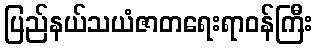
ပြည်နယ်သယံဇာတရေးရာဝန်ကြီး